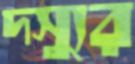
দস্যুর